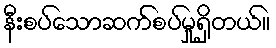
နီးစပ်သောဆက်စပ်မှုရှိတယ်။